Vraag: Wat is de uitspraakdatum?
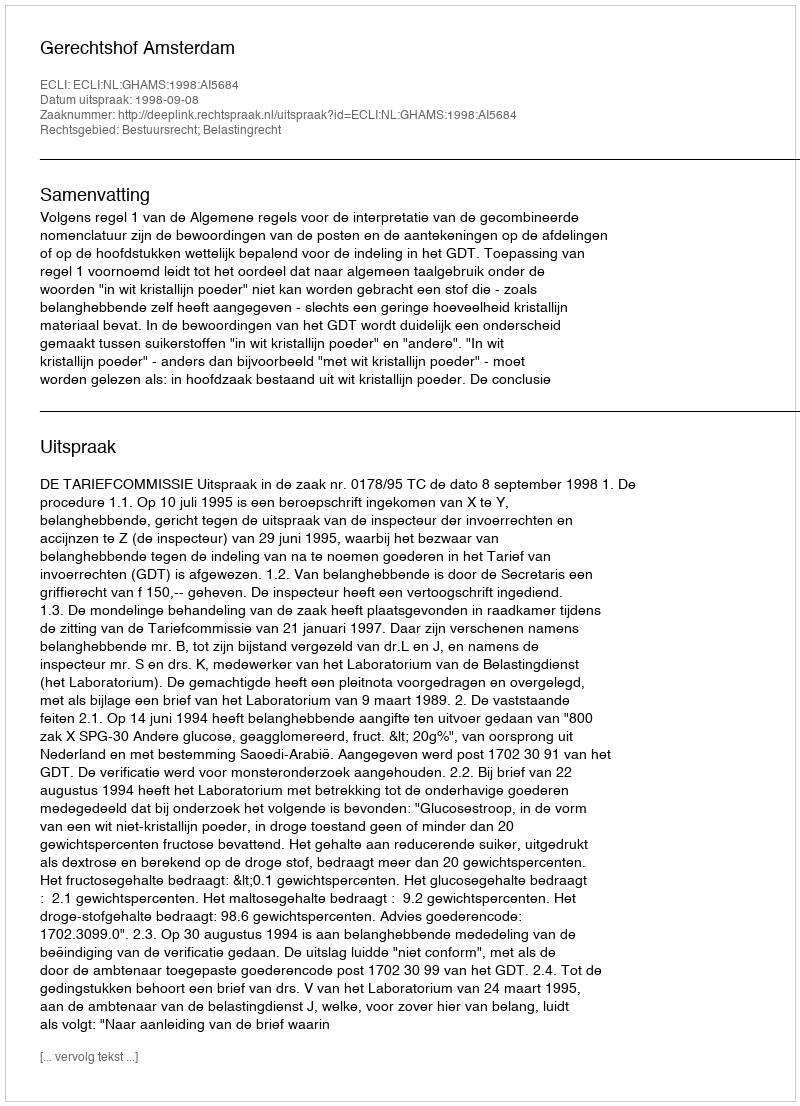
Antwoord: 1998-09-08